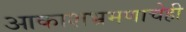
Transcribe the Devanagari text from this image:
आकाशभ्रमणाचेही